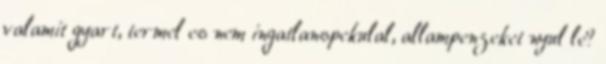
valamit gyart, termel es nem ingatlanspekulal, allampenzeket nyul le?